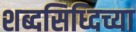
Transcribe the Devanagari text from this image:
शब्दसिध्दिच्या